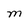
Character: M